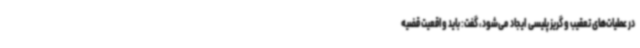
در عملیات‌های تعقیب و گریز پلیسی ایجاد می‌شود، گفت: باید واقعیت قضیه